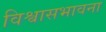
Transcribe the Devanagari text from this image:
विश्वासभावना